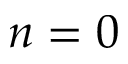
n = 0